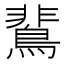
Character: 𪂏